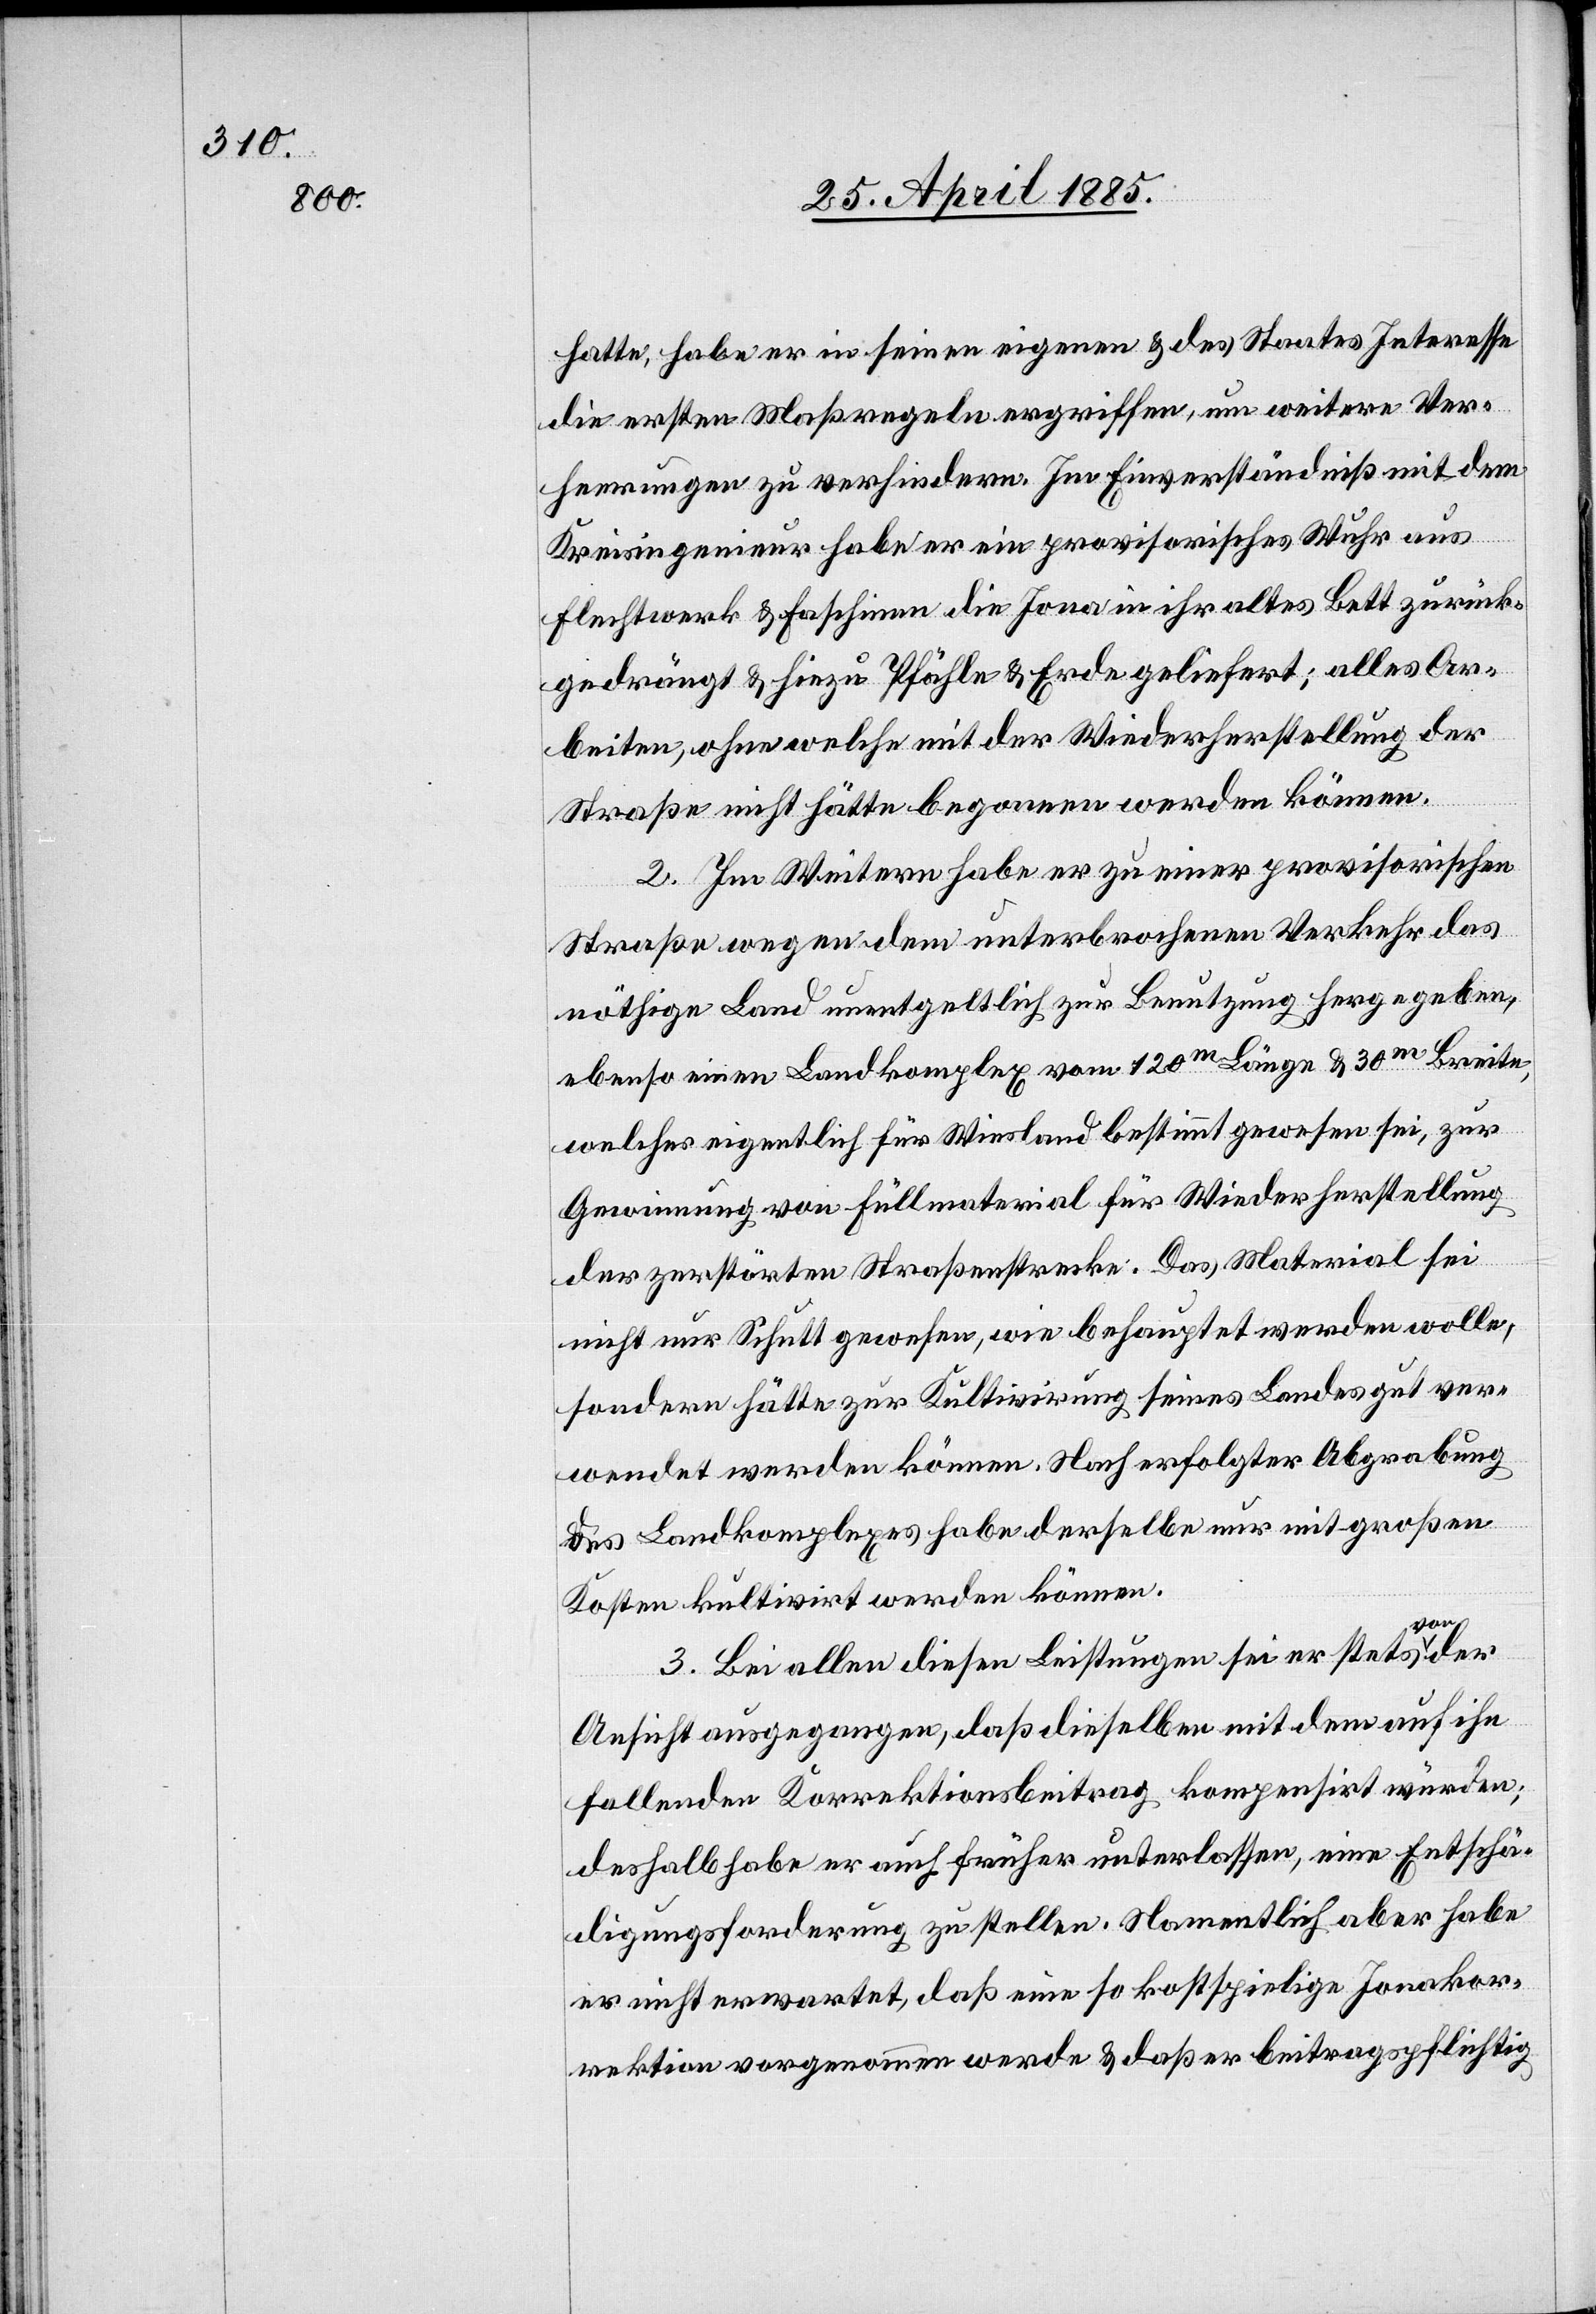
hatte, habe er in seinen eigenen & des Staates Interesse
die ersten Maßregeln ergriffen, um weitere Ver¬
heerungen zu verhindern. Im Einverständniß mit dem
Kreisingenieur habe er ein provisorisches Wuhr aus
Flechtwerk & Faschinen die Jona in ihr altes Bett zurück¬
gedrängt & hiezu Pfähle & Erde geliefert; alles Ar¬
beiten, ohne welche mit der Wiederherstellung der
Straße nicht hätte begonnen werden können.
2. Im Weitern habe er zu einer provisorischen
Straße wegen dem unterbrochenen Verkehr das
nöthige Land unentgeltlich zur Benutzung hergegeben,
ebenso einen Landkomplex von 120 m Länge & 30 m Breite,
welches eigentlich für Wiesland bestimmt gewesen sei, zur
Gewinnung von Füllmaterial für Wiederherstellung
der zerstörten Straßenstrecke. Das Material sei
nicht nur Schutt gewesen, wie behauptet werden wolle,
sondern hätte zur Kultivirung seines Landes gut ver¬
wendet werden können. Nach erfolgter Abgrabung
des Landkomplexes habe derselbe nur mit großen
Kosten kultivirt werden können.
3. Bei allen diesen Leistungen sei er stets von der
Ansicht ausgegangen, daß dieselben mit dem auf ihn
fallenden Korrektionsbeitrag kompensirt würden;
deshalb habe er auch früher unterlassen, eine Entschä¬
digungsforderung zu stellen. Namentlich aber habe
er nicht erwartet, daß eine so kostspielige Jonakor¬
rektion vorgenommen werde & daß er beitragspflichtig